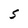
Character: S